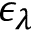
\epsilon _ { \lambda }